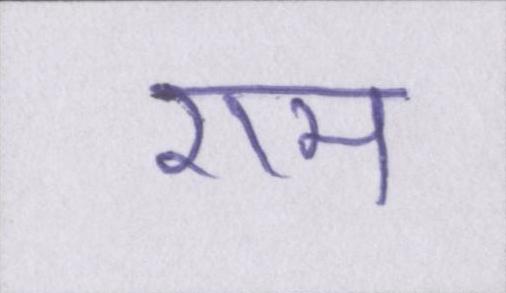
राम